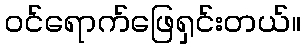
ဝင်ရောက်ဖြေရှင်းတယ်။